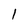
Character: 1